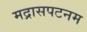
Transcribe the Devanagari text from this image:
मद्रासपटनम